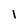
Character: 1